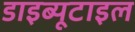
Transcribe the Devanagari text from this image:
डाइब्यूटाइल